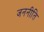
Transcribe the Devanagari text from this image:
जननीति